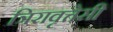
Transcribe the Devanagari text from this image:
त्रिरावृत्तेसी